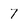
Character: 7